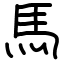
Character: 馬